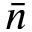
\bar { n }